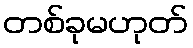
တစ်ခုမဟုတ်